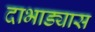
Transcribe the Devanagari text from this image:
दाभाड्यास